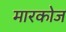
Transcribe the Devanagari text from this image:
मारकोज